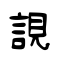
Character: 誢